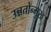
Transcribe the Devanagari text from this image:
उन्नतोन्मुख